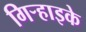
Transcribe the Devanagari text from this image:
गिर्‍हाइके